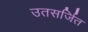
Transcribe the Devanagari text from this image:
उतसर्जित